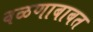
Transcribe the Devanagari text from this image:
वळणाबाबत